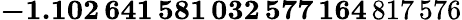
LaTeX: \mathbf{-1.102\, 641\, 581\, 032\, 577\, 164}\, 817\, 576